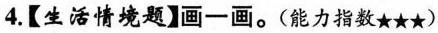
4.【生活情境题】画一画。(能力指数★★★)